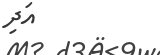
އަދި